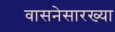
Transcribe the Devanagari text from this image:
वासनेसारख्या